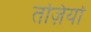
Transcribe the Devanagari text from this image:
तज़ियों